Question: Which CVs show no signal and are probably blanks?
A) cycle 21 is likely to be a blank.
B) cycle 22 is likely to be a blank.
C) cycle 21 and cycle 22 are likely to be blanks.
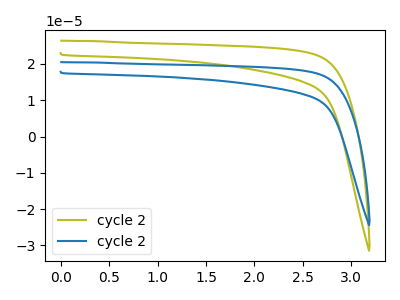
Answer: <think>The olive curve "cycle 21" has no peaks. The blue curve "cycle 22" has no peaks.</think>
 <answer>C) "cycle 21" and "cycle 22" are likely to be blanks.</answer>
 <eval>C</eval>